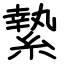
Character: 縶